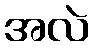
အလဲ